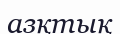
азқтық